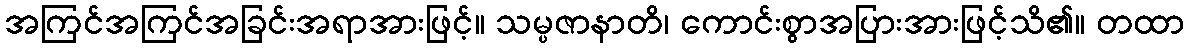
အကြင်အကြင်အခြင်းအရာအားဖြင့်။ သမ္ပဇာနာတိ၊ ကောင်းစွာအပြားအားဖြင့်သိ၏။ တထာ